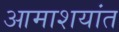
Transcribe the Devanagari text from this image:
आमाशयांत